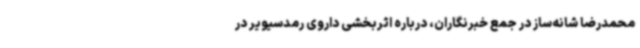
محمدرضا شانه‌ساز در جمع خبرنگاران، درباره اثربخشی داروی رمدسیویر در